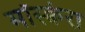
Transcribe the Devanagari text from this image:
मॉस्क्वेरा